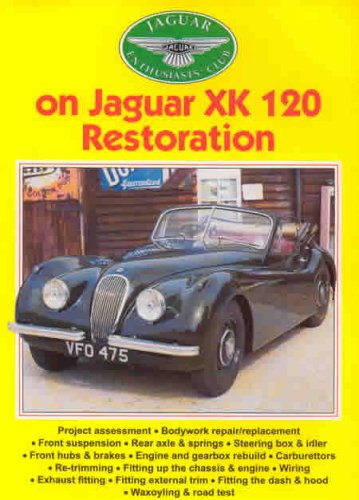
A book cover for Jaguar Enthusiasts' Club on Jaguar XK 120 Restoration (Jaguar Enthusiast); Publishing Kelsey; Engineering & Transportation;